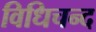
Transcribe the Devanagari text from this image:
विधिचन्द